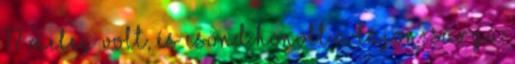
17 Meleg volt, és csönd honolt a tájon; sárga